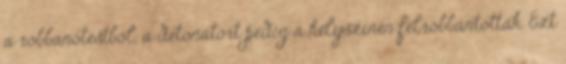
a robbanótestből, a detonátort pedig a helyszínen felrobbantották. Ezt